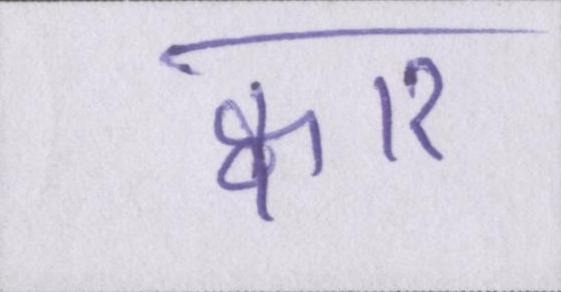
क्वार